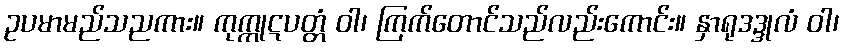
ဥပမာမည်သညကား။ ကုက္ကုဋပတ္တံ ဝါ၊ ကြက်တောင်သည်လည်းကောင်း။ နှာရုဒဒ္ဒုလံ ဝါ၊